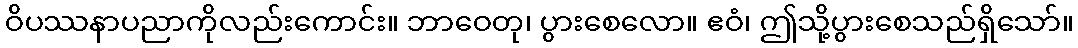
ဝိပဿနာပညာကိုလည်းကောင်း။ ဘာဝေတု၊ ပွားစေလော။ ဧဝံ၊ ဤသို့ပွားစေသည်ရှိသော်။